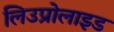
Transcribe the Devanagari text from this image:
लिउप्रोलाइड